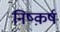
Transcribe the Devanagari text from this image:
निष्क़र्ष